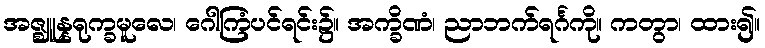
အဇ္ဈူန္နရုက္ခမူလေ၊ ဂေါကြံပင်ရင်း၌။ အက္ခိဏံ၊ ညာဘက်ရင်္ဂကို။ ကတွာ၊ ထား၍။